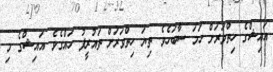
އައިޝްގެ ހިތްވަރަށް ހަމަ ސާބަހެވެ. ތިޔަ ހިތްވަރަށް ތައުރީފު ހައްގެވެ. އައިޝްގެ މި